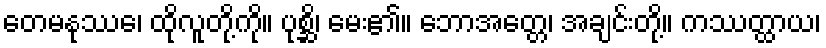
တေမနုဿေ၊ ထိုလူတို့ကို။ ပုစ္ဆိ၊ မေး၏။ ဘောအတ္တေ၊ အချင်းတို့။ ကဿတ္ထာယ၊